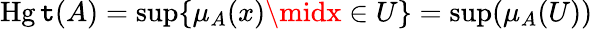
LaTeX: \operatorname{Hg\mathtt{t}}(A)=\operatorname*{sup}\{ \mu_{A}(x)\midx\in{U}\} =\operatorname*{sup}(\mu_{A}(U))